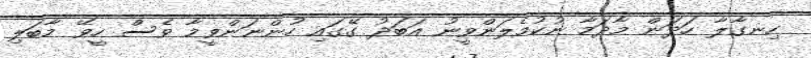
ހިނގާލާ ހަދަން މާދަމާ ނުކުމެލަންވީނު އަބަދު ގޭގައި ހުންނަންވީމާ ވެސް ހީވޭ މާބަލި